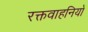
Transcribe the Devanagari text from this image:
रक्तवाहनियों